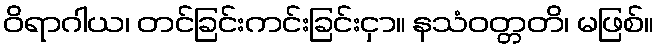
ဝိရာဂါယ၊ တင်ခြင်းကင်းခြင်းငှာ။ နသံဝတ္တတိ၊ မဖြစ်။